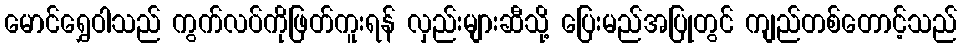
မောင်ရွှေဝါသည် ကွက်လပ်ကိုဖြတ်ကူးရန် လှည်းများဆီသို့ ပြေးမည်အပြုတွင် ကျည်တစ်တောင့်သည်